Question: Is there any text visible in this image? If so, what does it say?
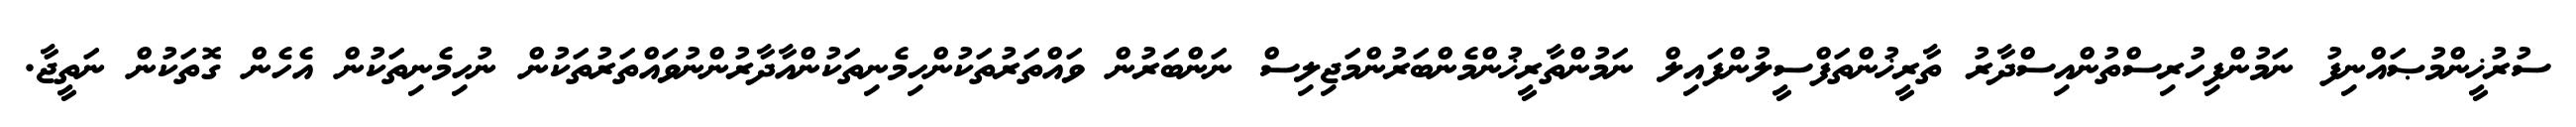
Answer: ސުރުޚީންމުޞައްނިފު ނަމުންފިހުރިސްތުންއިސްދާރު ތާރީޚުންތަފްސީލުންފައިލް ނަމުންތާރީޚުންމެންބަރުންމަޖިލިސް ނަންބަރުން ވައްތަރުތަކުންހިމެނިތަކުންއާދާރުންނުވައްތަރުތަކުން ނުހިމެނިތަކުން އެހެން ގޮތަކުން ނަތީޖާ.